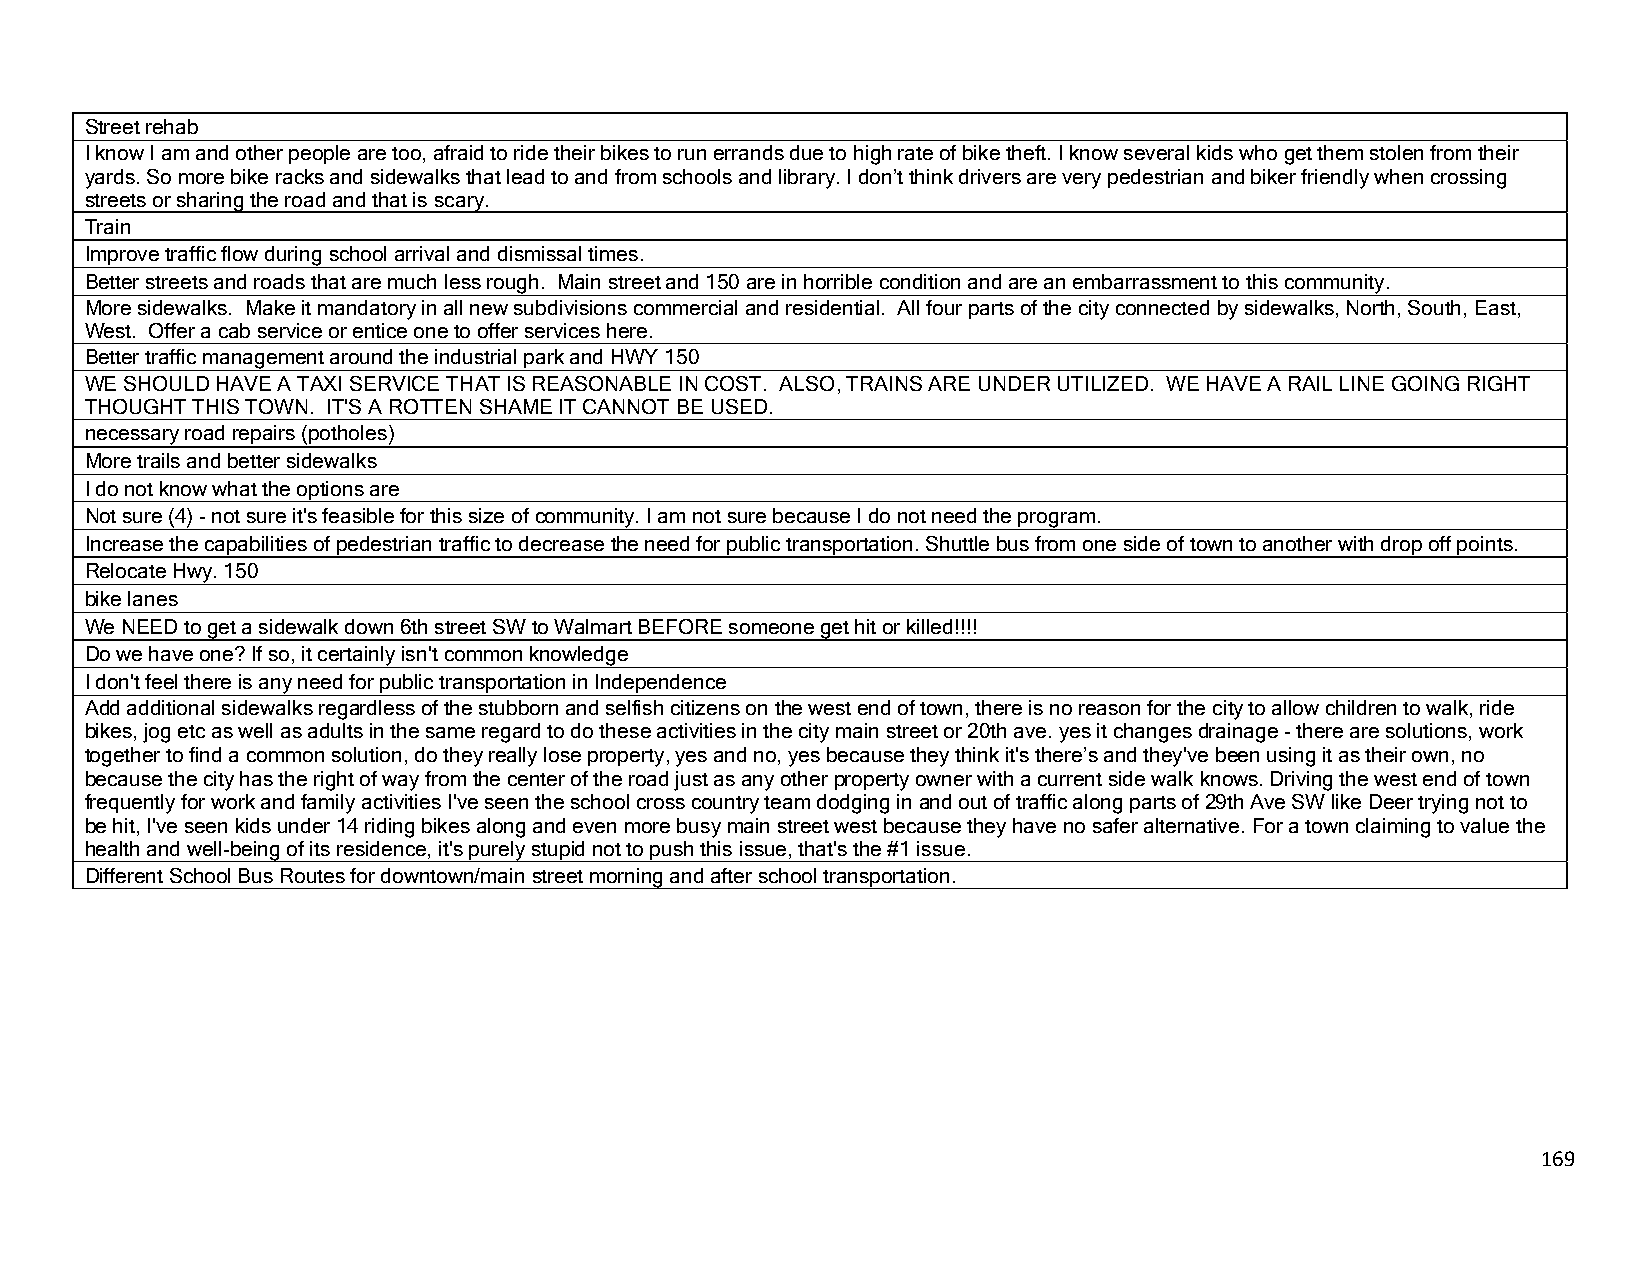
Street rehab
 I know I am and other people are too, afraid to ride their bikes to run errands due to high rate of bike theft. I know several kids who get them stolen from their
 yards. So more bike racks and sidewalks that lead to and from schools and library. I don’t think drivers are very pedestrian and biker friendly when crossing
 streets or sharing the road and that is scary.
 Train
 Improve traffic flow during school arrival and dismissal times.
 Better streets and roads that are much less rough. Main street and 150 are in horrible condition and are an embarrassment to this community.
 More sidewalks. Make it mandatory in all new subdivisions commercial and residential. All four parts of the city connected by sidewalks, North, South, East,
 West. Offer a cab service or entice one to offer services here.
 Better traffic management around the industrial park and HWY 150
 WE SHOULD HAVE A TAXI SERVICE THAT IS REASONABLE IN COST. ALSO, TRAINS ARE UNDER UTILIZED. WE HAVE A RAIL LINE GOING RIGHT
 THOUGHT THIS TOWN. IT'S A ROTTEN SHAME IT CANNOT BE USED.
 necessary road repairs (potholes)
 More trails and better sidewalks
 I do not know what the options are
 Not sure (4) - not sure it's feasible for this size of community. I am not sure because I do not need the program.
 Increase the capabilities of pedestrian traffic to decrease the need for public transportation. Shuttle bus from one side of town to another with drop off points.
 Relocate Hwy. 150
 bike lanes
 We NEED to get a sidewalk down 6th street SW to Walmart BEFORE someone get hit or killed!!!!
 Do we have one? If so, it certainly isn't common knowledge
 I don't feel there is any need for public transportation in Independence
 Add additional sidewalks regardless of the stubborn and selfish citizens on the west end of town, there is no reason for the city to allow children to walk, ride
 bikes, jog etc as well as adults in the same regard to do these activities in the city main street or 20th ave. yes it changes drainage - there are solutions, work
 together to find a common solution, do they really lose property, yes and no, yes because they think it's there’s and they've been using it as their own, no
 because the city has the right of way from the center of the road just as any other property owner with a current side walk knows. Driving the west end of town
 frequently for work and family activities I've seen the school cross country team dodging in and out of traffic along parts of 29th Ave SW like Deer trying not to
 be hit, I've seen kids under 14 riding bikes along and even more busy main street west because they have no safer alternative. For a town claiming to value the
 health and well-being of its residence, it's purely stupid not to push this issue, that's the #1 issue.
 Different School Bus Routes for downtown/main street morning and after school transportation.
 169